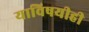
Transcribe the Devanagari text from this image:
याविषयीही